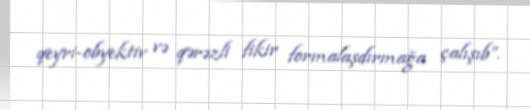
qeyri-obyektiv və qərəzli fikir formalaşdırmağa çalışıb”.